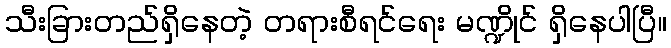
သီးခြားတည်ရှိနေတဲ့ တရားစီရင်ရေး မဏ္ဍိုင် ရှိနေပါပြီ။